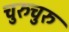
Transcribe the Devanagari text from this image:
चुरुचुरु